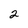
Character: 2